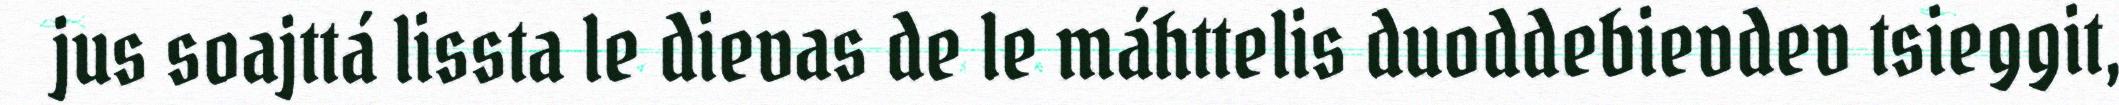
jus soajttá lissta le dievas de le máhttelis duoddebievdev tsieggit,